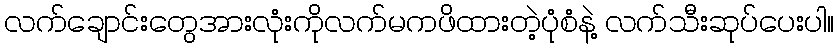
လက်ချောင်းတွေအားလုံးကိုလက်မကဖိထားတဲ့ပုံစံနဲ့ လက်သီးဆုပ်ပေးပါ။